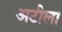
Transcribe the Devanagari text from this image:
अटीला